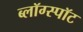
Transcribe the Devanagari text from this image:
ब्लॉग्स्पॉट